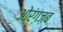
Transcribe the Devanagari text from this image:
ओरंग़ज़ब